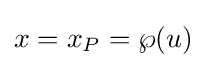
x=x_{P}=\wp (u)